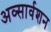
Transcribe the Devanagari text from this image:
अव्सार्वशन